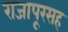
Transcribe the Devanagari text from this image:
राजापूरसह